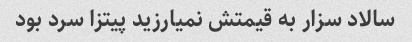
سالاد سزار به قیمتش نمیارزید پیتزا سرد بود